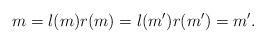
LaTeX: \begin{align*}m=l(m)r(m)=l(m')r(m')=m'.\end{align*}